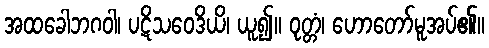
အထခေါဘဂဝါ၊ ပဋိသဝေဒိယိ၊ ယူ၍။ ဝုတ္တံ၊ ဟောတော်မူအပ်၏။